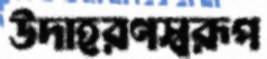
উদাহরণস্বরূপ